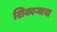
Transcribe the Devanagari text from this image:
शिकाऱ्याचा